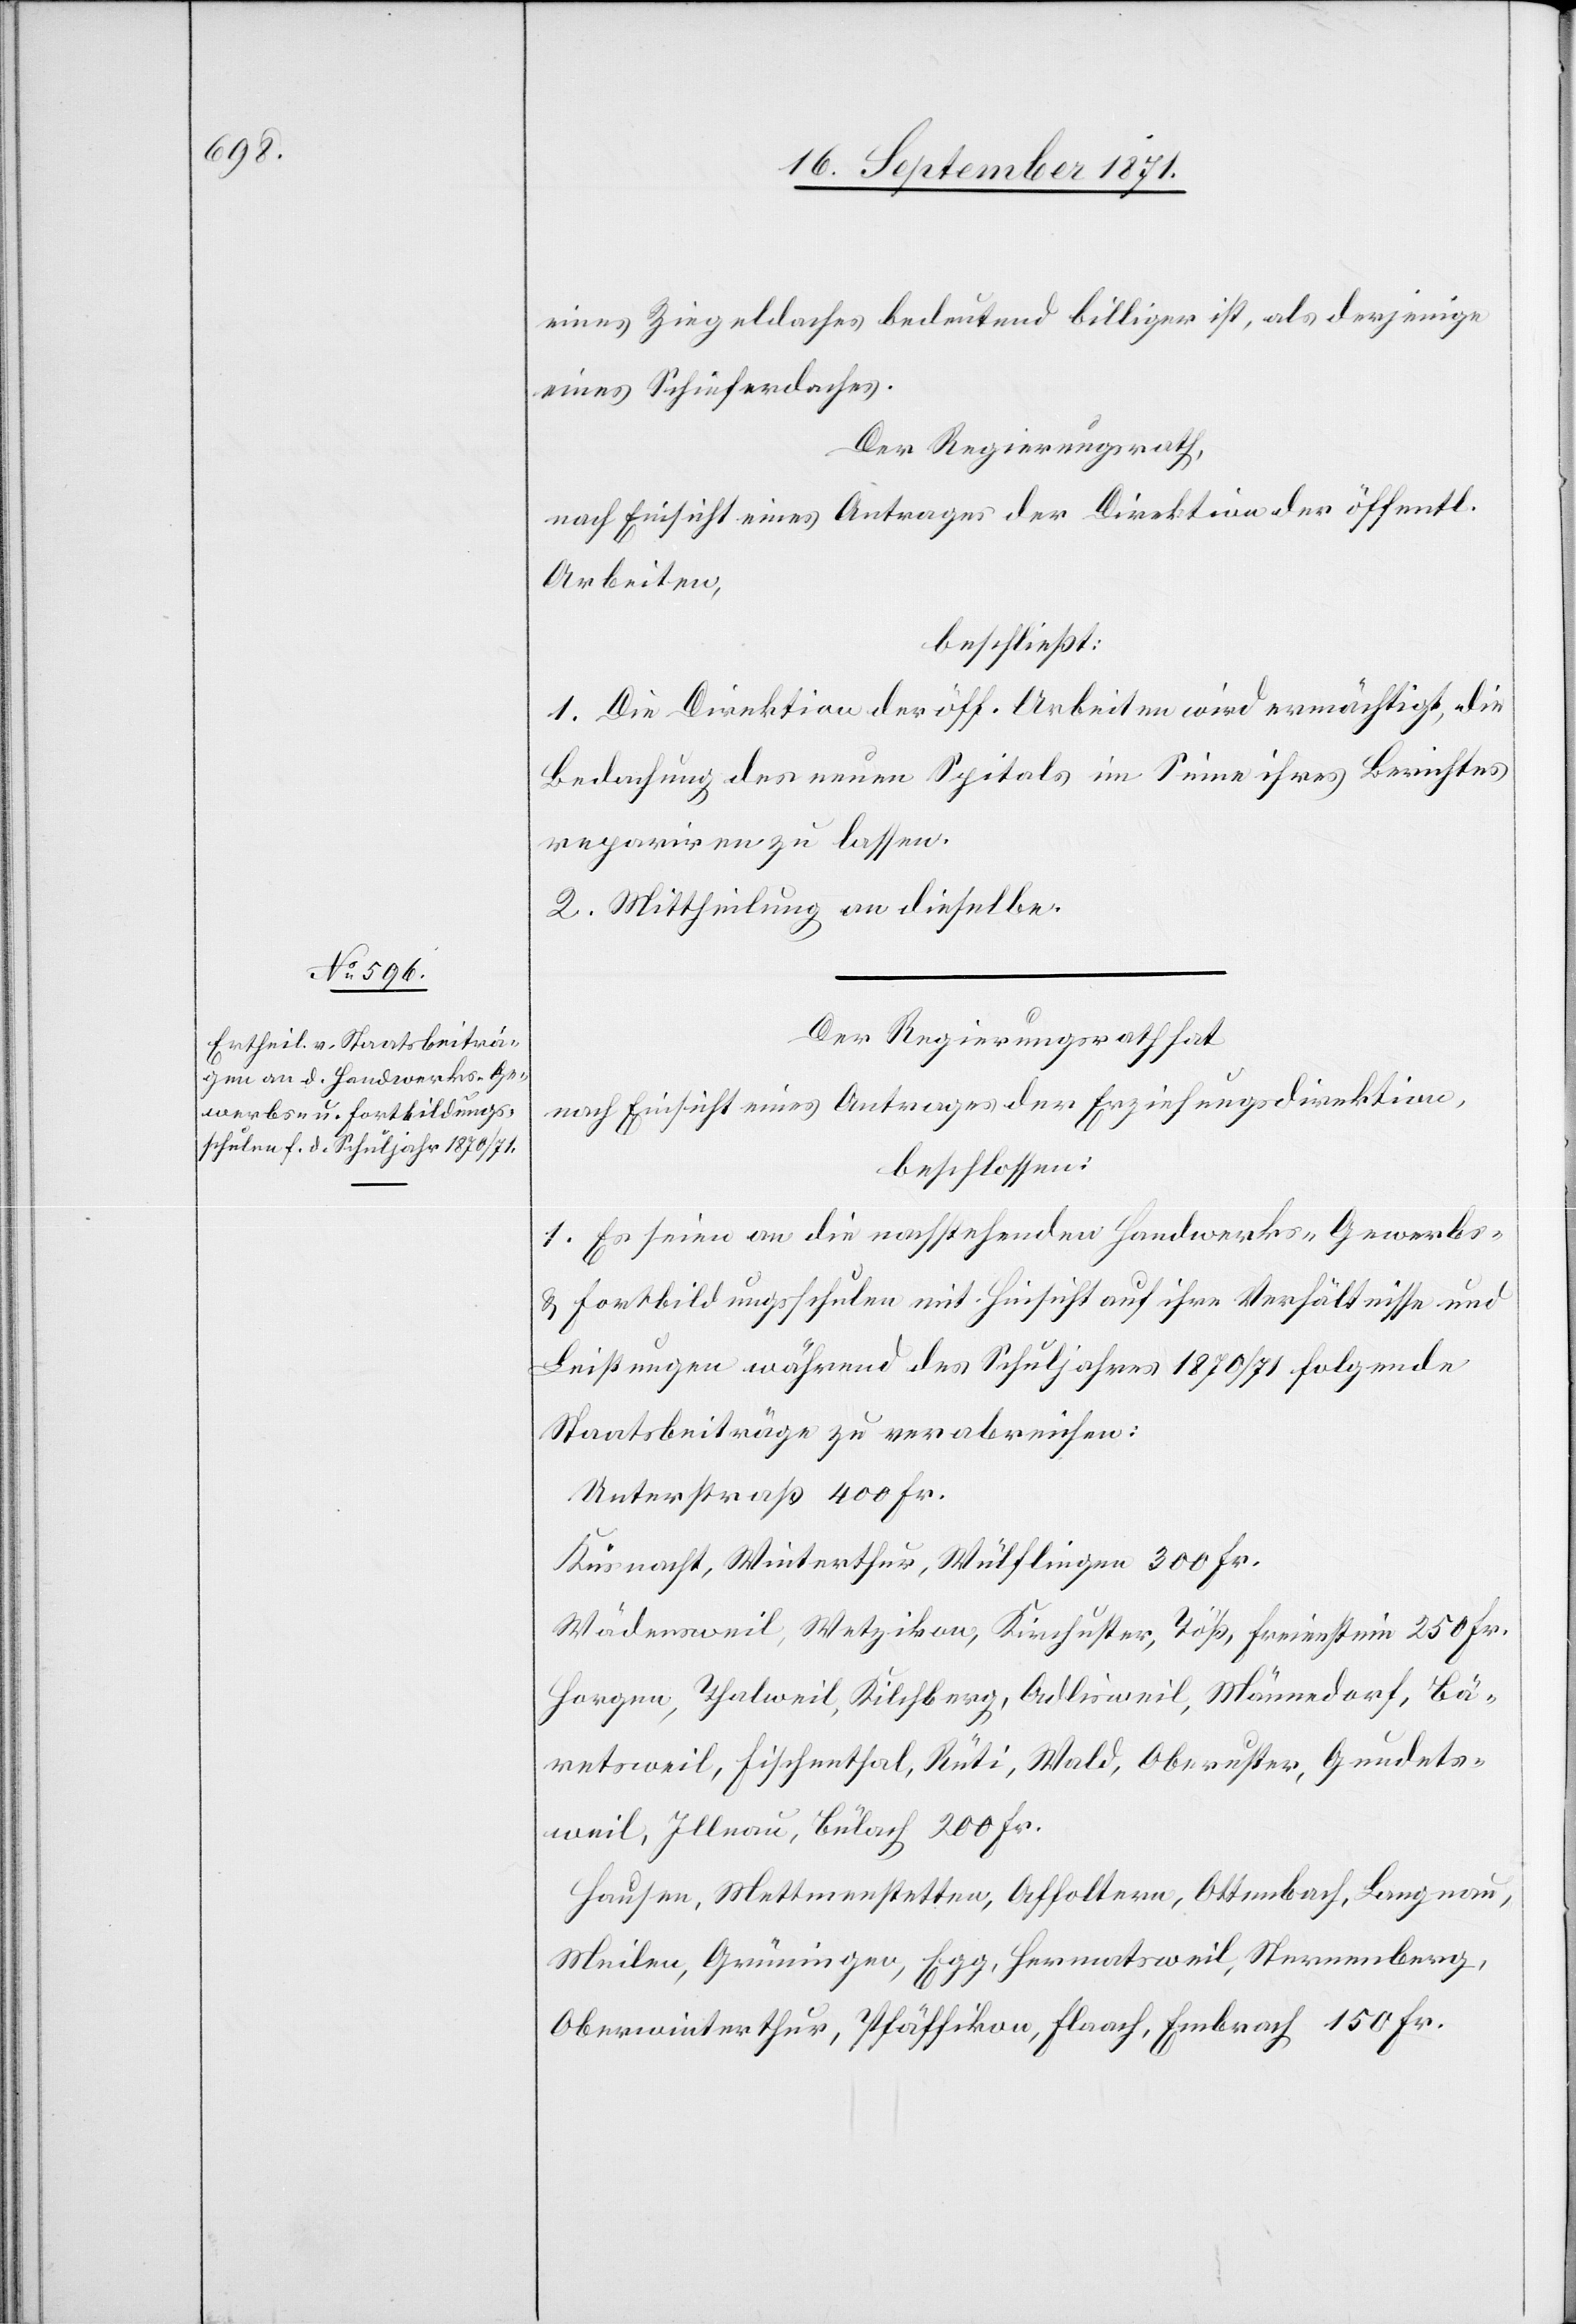
eines Ziegeldaches bedeutend billiger ist, als derjenige
eines Schieferdaches.
Der Regierungsrath,
nach Einsicht eines Antrages der Direktion der öffentl.
Arbeiten,
beschließt:
1. Die Direktion der öff. Arbeiten wird ermächtigt, die
Bedachung des neuen Spitals im Sinne ihres Berichtes
repariren zu lassen.
2. Mittheilung an dieselbe.
Der Regierungsrath hat,
nach Einsicht eines Antrages der Erziehungsdirektion,
beschlossen:
1. Es seien an die nachstehenden Handwerks-[,] Gewerbs-
& Fortbildungsschulen mit Hinsicht auf ihre Verhältnisse und
Leistungen während des Schuljahres 1870/71 folgende
Staatsbeiträge zu verabreichen:
Unterstraß 400 Fr.
Küssnacht, Winterthur, Wülflingen 300 Fr.
Wädensweil, Wetzikon, Kirchuster, Töß, Freienstein 250 Fr.
Horgen, Thalweil, Kilchberg, Adlisweil, Männedorf, Bä¬
retsweil, Fischenthal, Rüti, Wald, Oberuster, Gundets¬
weil, Illnau, Bülach 200 Fr.
Hausen, Mettmenstetten, Affoltern, Ottenbach, Langnau,
Meilen, Grüningen, Egg, Hermatsweil, Sternenberg,
Oberwinterthur, Pfäffikon, Flaach, Embrach 150 Fr.